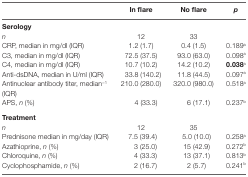
<table><thead><tr><td></td><td><b>In flare</b></td><td><b>No flare</b></td><td><b><i>p</i></b></td></tr></thead><tbody><tr><td colspan="4"><b>Serology</b></td></tr><tr><td><i>n</i></td><td>12</td><td>33</td><td></td></tr><tr><td>CRP, median in mg/dl (IQR)</td><td>1.2 (1.7)</td><td>0.4 (1.5)</td><td>0.189<sup>a</sup></td></tr><tr><td>C3, median in mg/dl (IQR)</td><td>72.5 (37.5)</td><td>93.0 (63.0)</td><td>0.098<sup>a</sup></td></tr><tr><td>C4, median in mg/dl (IQR)</td><td>10.7 (10.2)</td><td>14.2 (10.2)</td><td><b>0.038<sup>a</sup></b></td></tr><tr><td>Anti-dsDNA, median in U/ml (IQR)</td><td>33.8 (140.2)</td><td>11.8 (44.5)</td><td>0.097<sup>a</sup></td></tr><tr><td>Antinuclear antibody titer, median<sup>−1</sup> (IQR)</td><td>210.0 (280.0)</td><td>320.0 (980.0)</td><td>0.518<sup>a</sup></td></tr><tr><td>APS, <i>n</i> (%)</td><td>4 (33.3)</td><td>6 (17.1)</td><td>0.237<sup>b</sup></td></tr><tr><td colspan="4"><b>Treatment</b></td></tr><tr><td><i>n</i></td><td>12</td><td>35</td><td></td></tr><tr><td>Prednisone median in mg/day (IQR)</td><td>7.5 (39.4)</td><td>5.0 (10.0)</td><td>0.258<sup>a</sup></td></tr><tr><td>Azathioprine, <i>n</i> (%)</td><td>3 (25.0)</td><td>15 (42.9)</td><td>0.272<sup>b</sup></td></tr><tr><td>Chloroquine, <i>n</i> (%)</td><td>4 (33.3)</td><td>13 (37.1)</td><td>0.813<sup>b</sup></td></tr><tr><td>Cyclophosphamide, <i>n</i> (%)</td><td>2 (16.7)</td><td>2 (5.7)</td><td>0.241<sup>b</sup></td></tr></tbody></table>